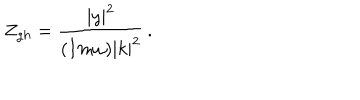
Z _ { g h } = \frac { | y | ^ { 2 } } { ( I m \omega ) | k | ^ { 2 } } \, .